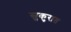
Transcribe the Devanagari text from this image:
सुकुरात